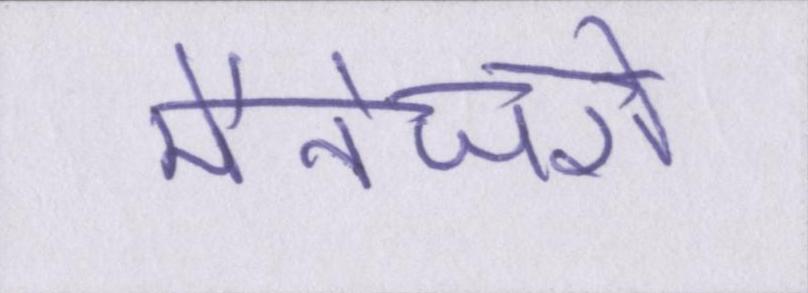
मैनेजरों